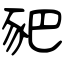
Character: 豝